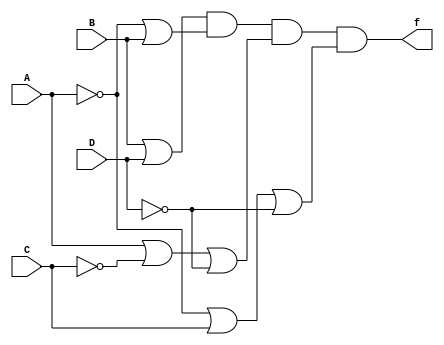
module q3(A,B,C,D,f);
input A, B, C, D;
output f;  
not(nC, C);
not(nA, A);
not(nD, D);
or(f1, B, D);
or(f2, nA, B);
or(f3, A, nC, nD);
or(f4, nA, C, nD);
and(f, f1, f2, f3, f4);
endmodule